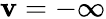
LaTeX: \mathbf{v}=-\infty